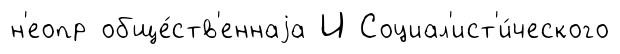
н'еопр обще́ств'еннаjа И Социал'ист'и́ческого